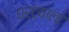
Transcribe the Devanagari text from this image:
घरट्याला